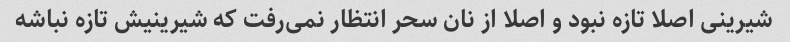
شیرینی اصلا تازه نبود و اصلا از نان سحر انتظار نمی‌رفت که شیرینیش تازه نباشه